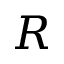
R